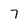
Character: 7